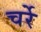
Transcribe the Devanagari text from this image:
चर्रे